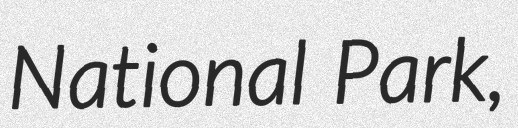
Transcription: National Park,